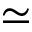
\simeq